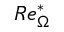
R e _ { \Omega } ^ { * }